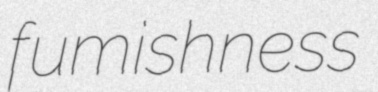
fumishness